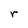
Character: r